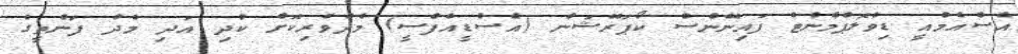
އެސްއެމްއީ ޑިވެލޮޕްމެންޓް ފައިނޭންސް ކޯޕަރޭޝަން (އެސްޑީއެފްސީ) މެދުވެރިކޮށް ކުދި އަދި މެދު ފަންތީގެ